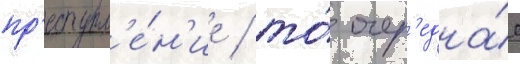
пр'еступл'е́н'ие / то́ очер'една́я